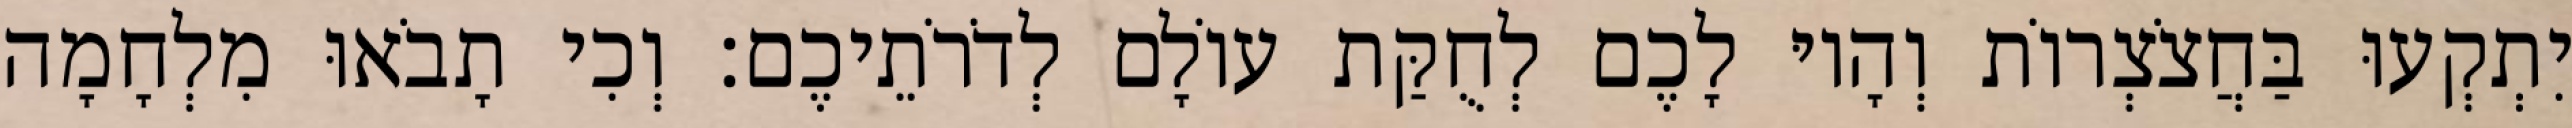
יִתְקְעוּ בַּחֲצֹצְרוֹת וְהָיוּ לָכֶם לְחֻקַּת עוֹלָם לְדֹרֹתֵיכֶם׃ וְכִי תָבֹאוּ מִלְחָמָה